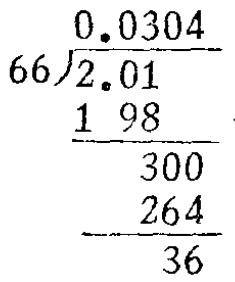
```
\begin{array}{r}
0.0304 \\
66\enclose{longdiv}{2.01} \\
\underline{198} \\
300 \\
\underline{264} \\
36
\end{array}
```